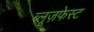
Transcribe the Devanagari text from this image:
ब्लूज़फेस्ट